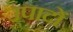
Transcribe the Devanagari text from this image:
उपादों